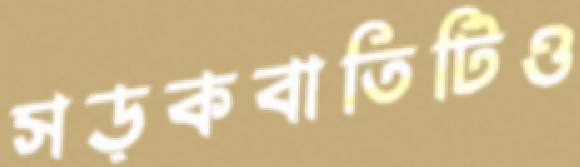
সড়কবাতিটিও